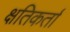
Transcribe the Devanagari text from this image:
क्षतिकर्ता